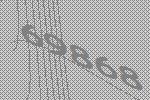
69868